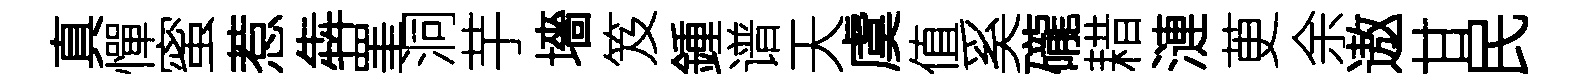
真憚蜜惹犇罣洞芋墻笈鍾谱天虞值奚礲耤漣茰余遨甘民